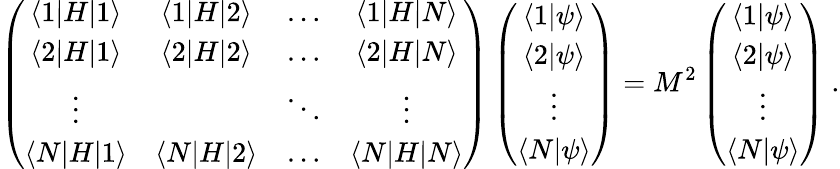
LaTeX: \left(\begin{array}{cccc}{{\langle 1|H|1\rangle}}&{{\langle 1|H|2\rangle}}&{{\ldots}}&{{\langle 1|H|N\rangle}}\\ {{\langle 2|H|1\rangle}}&{{\langle 2|H|2\rangle}}&{{\ldots}}&{{\langle 2|H|N\rangle}}\\ {{\vdots}}&{{}}&{{\ddots}}&{{\vdots}}\\ {{\langle N|H|1\rangle}}&{{\langle N|H|2\rangle}}&{{\ldots}}&{{\langle N|H|N\rangle}}\end{array}\right)\left(\begin{array}{c}{{\langle 1|\psi\rangle}}\\ {{\langle 2|\psi\rangle}}\\ {{\vdots}}\\ {{\langle N|\psi\rangle}}\end{array}\right)=M^{2}\left(\begin{array}{c}{{\langle 1|\psi\rangle}}\\ {{\langle 2|\psi\rangle}}\\ {{\vdots}}\\ {{\langle N|\psi\rangle}}\end{array}\right)\ .